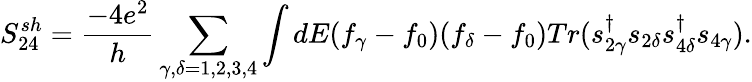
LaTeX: {S_{24}^{sh}=\frac{-4e^{2}}{h}\sum_{\gamma,\delta=1,2,3,4}\int dE(f_{\gamma}-f_{0})(f_{\delta}-f_{0})Tr(s_{2\gamma}^{\dagger}s_{2\delta}s_{4\delta}^{\dagger}s_{4\gamma}).}